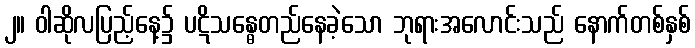
၂။ ဝါဆိုလပြည့်နေ့၌ ပဋိသန္ဓေတည်နေခဲ့သော ဘုရားအလောင်းသည် နောက်တစ်နှစ်